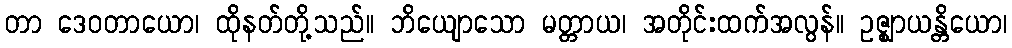
တာ ဒေဝတာယော၊ ထိုနတ်တို့သည်။ ဘိယျောသော မတ္တာယ၊ အတိုင်းထက်အလွန်။ ဥဇ္ဈာယန္တိယော၊